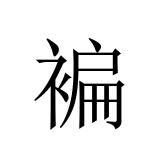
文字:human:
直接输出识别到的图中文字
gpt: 褊